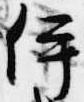
伊